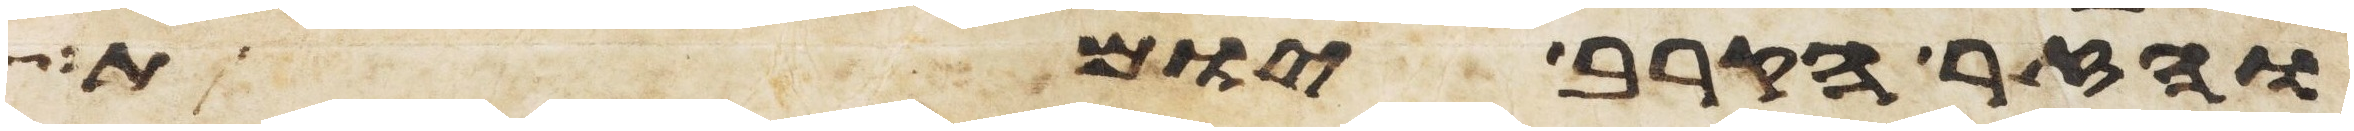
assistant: והזר הקרב יומת